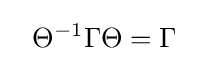
~~\Theta ^{-1}\Gamma \Theta =\Gamma \